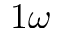
1 \omega